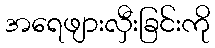
အရေဖျားလှီးခြင်းကို